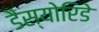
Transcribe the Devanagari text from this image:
डैस्योरिडे